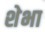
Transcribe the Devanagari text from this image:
शेभा